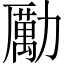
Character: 勵